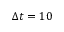
\Delta t = 1 0